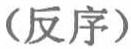
（反序）